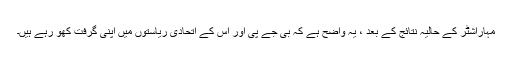
مہاراشٹر کے حالیہ نتائج کے بعد ، یہ واضح ہے کہ بی جے پی اور اس کے اتحادی ریاستوں میں اپنی گرفت کھو رہے ہیں۔